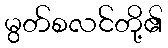
မွတ်စလင်တို့၏